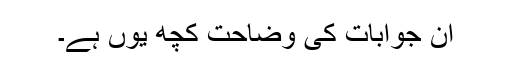
ان جوابات کی وضاحت کچھ یوں ہے۔